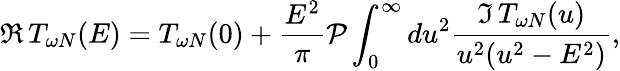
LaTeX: \Re\, T_{\omega N}(E)=T_{\omega N}(0)+\frac{E^{2}}{\pi}{\cal P}\int_{0}^{\infty}du^{2}\frac{\Im\, T_{\omega N}(u)}{u^{2}(u^{2}-E^{2})},